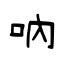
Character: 吶